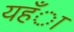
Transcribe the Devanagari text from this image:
यहँा